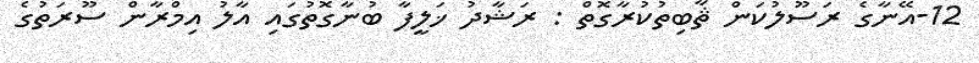
12-އޭނާގެ ރަސޫލުކަން ޘާބިތުކުރާގޮތް : ރަޝާދު ޚަލީފާ ބުނާގޮތުގައި އާލު އިމްރާން ސޫރަތުގެ